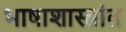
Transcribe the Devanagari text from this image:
भाषाशास्त्रांत